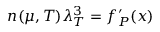
n ( \mu , T ) \lambda _ { T } ^ { 3 } = f _ { P } ^ { \prime } ( x )